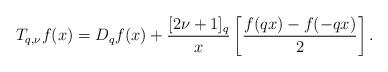
LaTeX: \begin{align*}T_{q,\nu}f(x)=D_qf(x)+\frac{[2\nu+1]_q}{x}\left[\frac{f(qx)-f(-qx)}{2}\right].\end{align*}